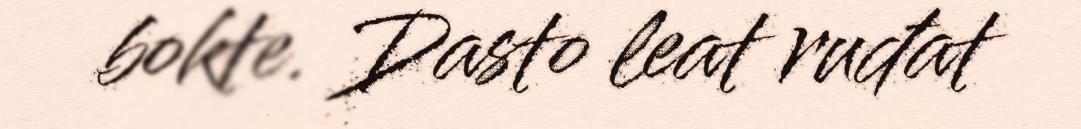
bokte. Dasto leat ruđat